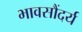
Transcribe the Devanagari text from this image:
भावसौंदर्य